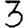
Digit: 3